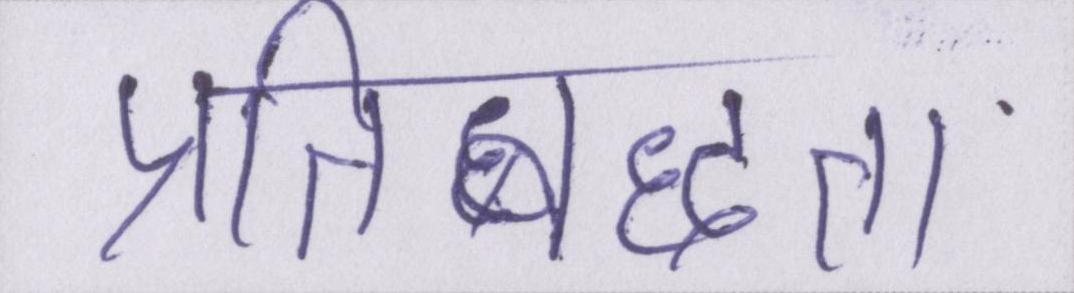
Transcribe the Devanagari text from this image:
प्रतिबध्दता